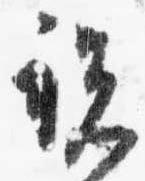
覧